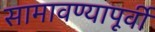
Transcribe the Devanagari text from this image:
सामावण्यापूर्वी